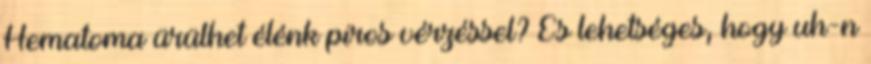
Hematoma ürülhet élénk piros vérzéssel? És lehetséges, hogy uh-n